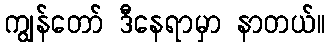
ကျွန်တော် ဒီနေရာမှာ နာတယ်။